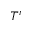
T ^ { r }